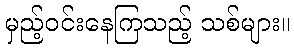
မှည့်ဝင်းနေကြသည့် သစ်များ။